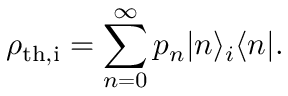
\rho _ { \mathrm { t h , i } } = \sum _ { n = 0 } ^ { \infty } p _ { n } | n \rangle _ { i } \langle n | .